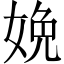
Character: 娩